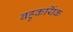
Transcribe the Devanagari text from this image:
बहुकर्यिक